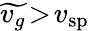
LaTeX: \widetilde{v_{g}}\! >\! v_{\mathrm{sp}}